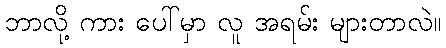
ဘာလို့ ကား ပေါ်မှာ လူ အရမ်း များတာလဲ။